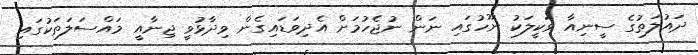
ދައުލަތުގެ ސީނިއާ ވަކީލަކު ނޫހުގައި ނަން ނުޖެހުމަށް އެދިވަޑައިގެން ވިދާޅުވީ ޖިނާއީ މައްސަލަތަކުގައި